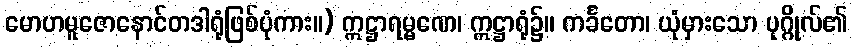
မောဟမူဇောနောင်တဒါရုံဖြစ်ပုံကား။) ဣဋ္ဌာရမ္မဏေ၊ ဣဋ္ဌာရုံ၌။ ကင်္ခတော၊ ယုံမှားသော ပုဂ္ဂိုလ်၏